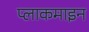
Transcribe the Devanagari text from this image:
प्लाकमाइन